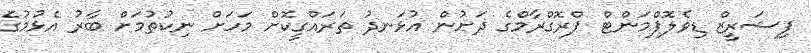
ފިޝަރީޒް ޑިވެލޮޕްމަންޓް ޕްރޮގްރާމްގެ ދަށުން އުޅަނދު ތަރައްގީކޮށް މަހަށް ނިކުތުމަށް ބާރު އެޅުމުގެ